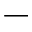
-